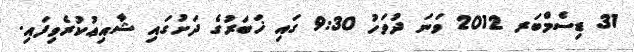
31 ޑިސެމްބަރ 2012 ވަނަ ދުވަހު 9:30 ގައި ޚަބަރުގެ ދަށުގައި ޝާއިޢުކުރެވިފައި.